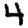
Digit: 4